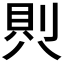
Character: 𭁒